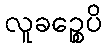
လူခဉ္စေပိ